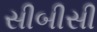
સીબીસી